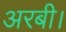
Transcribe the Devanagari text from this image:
अरबी।